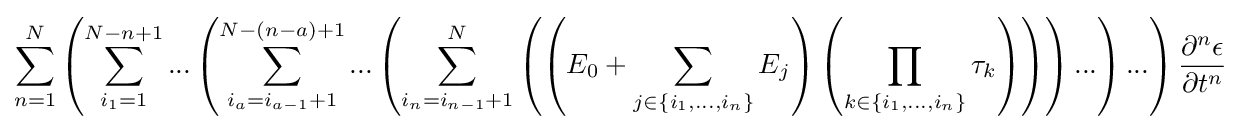
\sum _{n=1}^{N}{\left({\sum _{i_{1}=1}^{N-n+1}{...\left({\sum _{i_{a}=i_{a-1}+1}^{N-\left({n-a}\right)+1}{...\left({\sum _{i_{n}=i_{n-1}+1}^{N}{\left({\left({E_{0}+\sum _{j\in \left\{{i_{1},...,i_{n}}\right\}}{E_{j}}}\right)\left({\prod _{k\in \left\{{i_{1},...,i_{n}}\right\}}{\tau _{k}}}\right)}\right)}}\right)...}}\right)...}}\right){\frac {\partial ^{n}{\epsilon }}{\partial {t}^{n}}}}